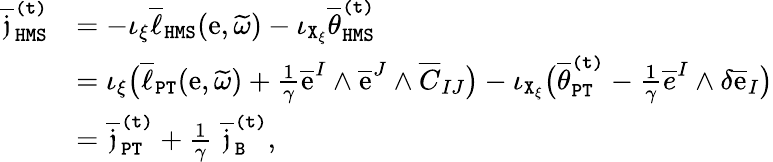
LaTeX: \begin{array}{rl}{\overline{{\mathfrak{j}}}_{\mathtt{HMS}}^{\mathtt{(t)}}}&{=-\iota_{\xi}\overline{{\ell}}_{\mathtt{HMS}}(\mathrm{e},\widetilde{\omega})-\iota_{\mathtt{X}_{\xi}}\overline{{\theta}}_{\mathtt{HMS}}^{\mathtt{(t)}}}\\ &{=\iota_{\xi}\big(\overline{{\ell}}_{\mathtt{PT}}(\mathrm{e},\widetilde{\omega})+\frac{1}{\gamma}\overline{{\mathrm{e}}}^{I}\wedge\overline{{\mathrm{e}}}^{J}\wedge\overline{{C}}_{IJ}\big)-\iota_{\mathtt{X}_{\xi}}\big(\overline{{\theta}}_{\mathtt{PT}}^{\mathtt{(t)}}-\frac{1}{\gamma}\overline{{e}}^{I}\wedge\delta\overline{{\mathrm{e}}}_{I}\big)}\\ &{=\overline{{\mathfrak{j}}}_{\mathtt{PT}}^{\mathtt{(t)}}+\frac{1}{\gamma}\; \overline{{\mathfrak{j}}}_{\mathtt{B}}^{\mathtt{(t)}},}\end{array}